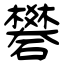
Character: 礬